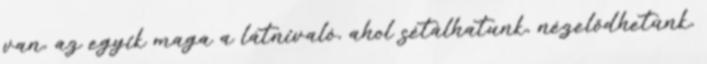
van, az egyik maga a látnivaló, ahol sétálhatunk, nézelődhetünk,